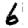
Digit: 6